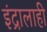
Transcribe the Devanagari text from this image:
इंद्रालाही